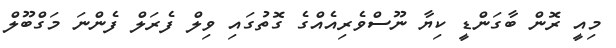
މިއީ ރޮން ބާގަންޑީ ކިޔާ ނޫސްވެރިއެއްގެ ގޮތުގައި ވިލް ފެރަލް ފެންނަ މަގްބޫލް